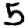
Digit: 5